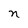
Character: n